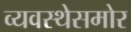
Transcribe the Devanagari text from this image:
व्यवस्थेसमोर